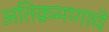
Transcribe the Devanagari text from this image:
अतिक्रमणाचे